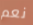
نعم